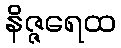
နိဇ္ဇရေထ